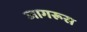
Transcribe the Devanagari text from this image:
जागरूस